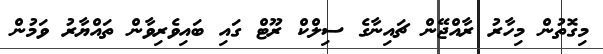
މިގޮތުން މިހާރު ރާއްޖޭން ޗައިނާގެ ސިލްކް ރޫޓް ގައި ބައިވެރިވާން ތައްޔާރު ވަމުން